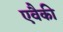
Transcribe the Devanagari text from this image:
एवैकी